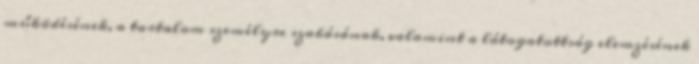
működésének, a tartalom személyre szabásának, valamint a látogatottság elemzésének